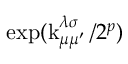
\exp ( \operatorname { k } _ { \mu \mu ^ { \prime } } ^ { \lambda \sigma } / 2 ^ { p } )